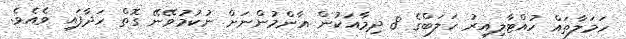
ހަމަލާތައް ހުއްޓާލިއިރު ހަލަބްގެ 8 ދިމާއަކުން އާންމުންނަށް ނުކުމުވޭނޭ ގޮތް ހަދާފައި ވެއެވެ.